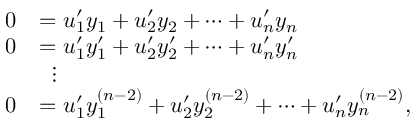
{ \begin{array} { r l } { 0 } & { = u _ { 1 } ^ { \prime } y _ { 1 } + u _ { 2 } ^ { \prime } y _ { 2 } + \cdots + u _ { n } ^ { \prime } y _ { n } } \\ { 0 } & { = u _ { 1 } ^ { \prime } y _ { 1 } ^ { \prime } + u _ { 2 } ^ { \prime } y _ { 2 } ^ { \prime } + \cdots + u _ { n } ^ { \prime } y _ { n } ^ { \prime } } \\ & { \; \; \vdots } \\ { 0 } & { = u _ { 1 } ^ { \prime } y _ { 1 } ^ { ( n - 2 ) } + u _ { 2 } ^ { \prime } y _ { 2 } ^ { ( n - 2 ) } + \cdots + u _ { n } ^ { \prime } y _ { n } ^ { ( n - 2 ) } , } \end{array} }